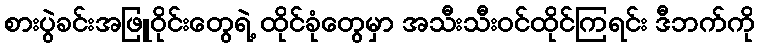
စားပွဲခင်းအဖြူဝိုင်းတွေရဲ့ ထိုင်ခုံတွေမှာ အသီးသီးဝင်ထိုင်ကြရင်း ဒီဘက်ကို